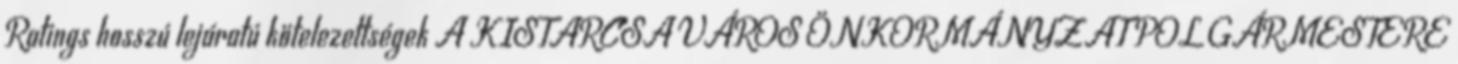
Ratings hosszú lejáratú kötelezettségek A KISTARCSA VÁROS ÖNKORMÁNYZAT POLGÁRMESTERE